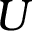
U